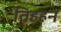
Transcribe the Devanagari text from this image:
तिहहन